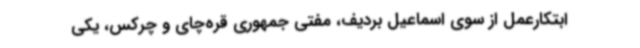
ابتکارعمل از سوی اسماعیل بردیف، مفتی جمهوری قره‌چای‌ و چرکس،‌ یکی